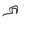
Letter: _hamza